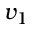
v _ { 1 }